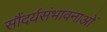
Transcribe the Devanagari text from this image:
सौंदर्यसंभावनाओं